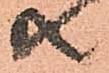
共